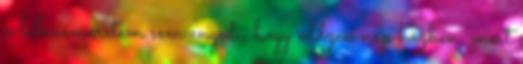
a lelkiismeretem sem engedi, hogy eddzek nap közben, mert